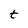
Character: t